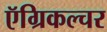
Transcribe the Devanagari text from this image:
ऍग्रिकल्चर